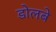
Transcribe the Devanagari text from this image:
डोलबे